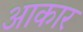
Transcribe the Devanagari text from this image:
अाकार